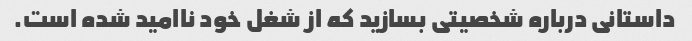
داستانی درباره شخصیتی بسازید که از شغل خود ناامید شده است.